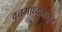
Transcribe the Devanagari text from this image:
वृत्तमाध्यमातून